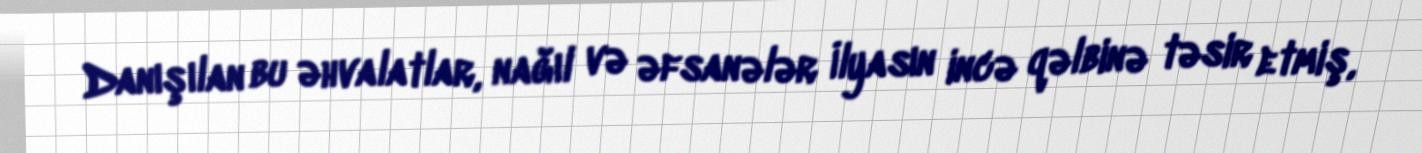
Danışılan bu əhvalatlar, nağıl və əfsanələr İlyasın incə qəlbinə təsir etmiş,